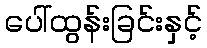
ပေါ်ထွန်းခြင်းနှင့်